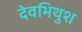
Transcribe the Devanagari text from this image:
देवभिथुश